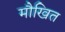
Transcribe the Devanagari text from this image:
मौखित